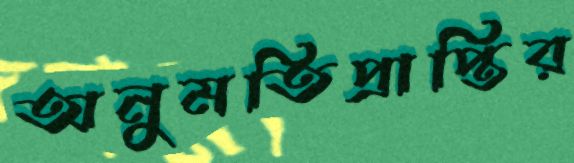
অনুমতিপ্রাপ্তির